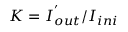
K = { I } _ { o u t } ^ { ' } / { I } _ { i n i }